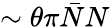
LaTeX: \sim\theta\pi\bar{N}N